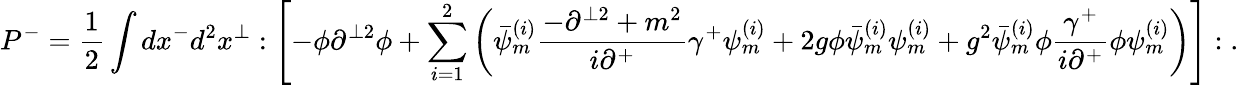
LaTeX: P^{-}=\frac{1}{2}\int dx^{-}d^{2}x^{\perp}:\left[-\phi\partial^{\perp 2}\phi+\sum_{i=1}^{2}\left(\bar{\psi}_{m}^{(i)}\frac{-\partial^{\perp 2}+m^{2}}{i\partial^{+}}\gamma^{+}\psi_{m}^{(i)}+2g\phi\bar{\psi}_{m}^{(i)}\psi_{m}^{(i)}+g^{2}\bar{\psi}_{m}^{(i)}\phi\frac{\gamma^{+}}{i\partial^{+}}\phi\psi_{m}^{(i)}\right)\right]:\; .